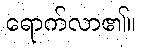
ရောက်လာ၏။